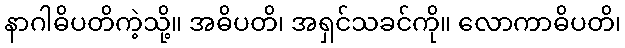
နာဂါဓိပတိကဲ့သို့။ အဓိပတိ၊ အရှင်သခင်ကို။ လောကာဓိပတိ၊